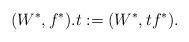
LaTeX: \begin{align*} (W^*,f^* ) . t := (W^*,tf^* ).\end{align*}